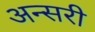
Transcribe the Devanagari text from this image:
अन्सरी